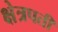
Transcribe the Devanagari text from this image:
क्षेत्रपती